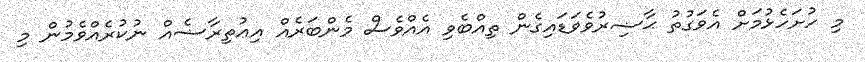
މި ހުށަހެޅުމަށް އެވަގުތު ޙާޟިރުވެވަޑައިގެން ތިއްބެވި އެއްވެސް މެންބަރެއް އިޢުތިރާޟެއް ނުކުރެއްވެމުން މި